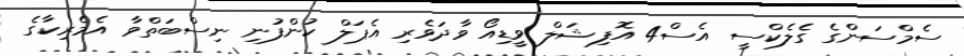
ސެމްސަންގެ ގެލެކްސީ އެސް4 އޮފިޝަލް ވީޑިއޯ ވާދަވެރި އެޕަލް ކުންފުނި ނިސްބަތްވާ އެމެރިކާގެ